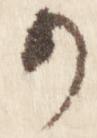
か